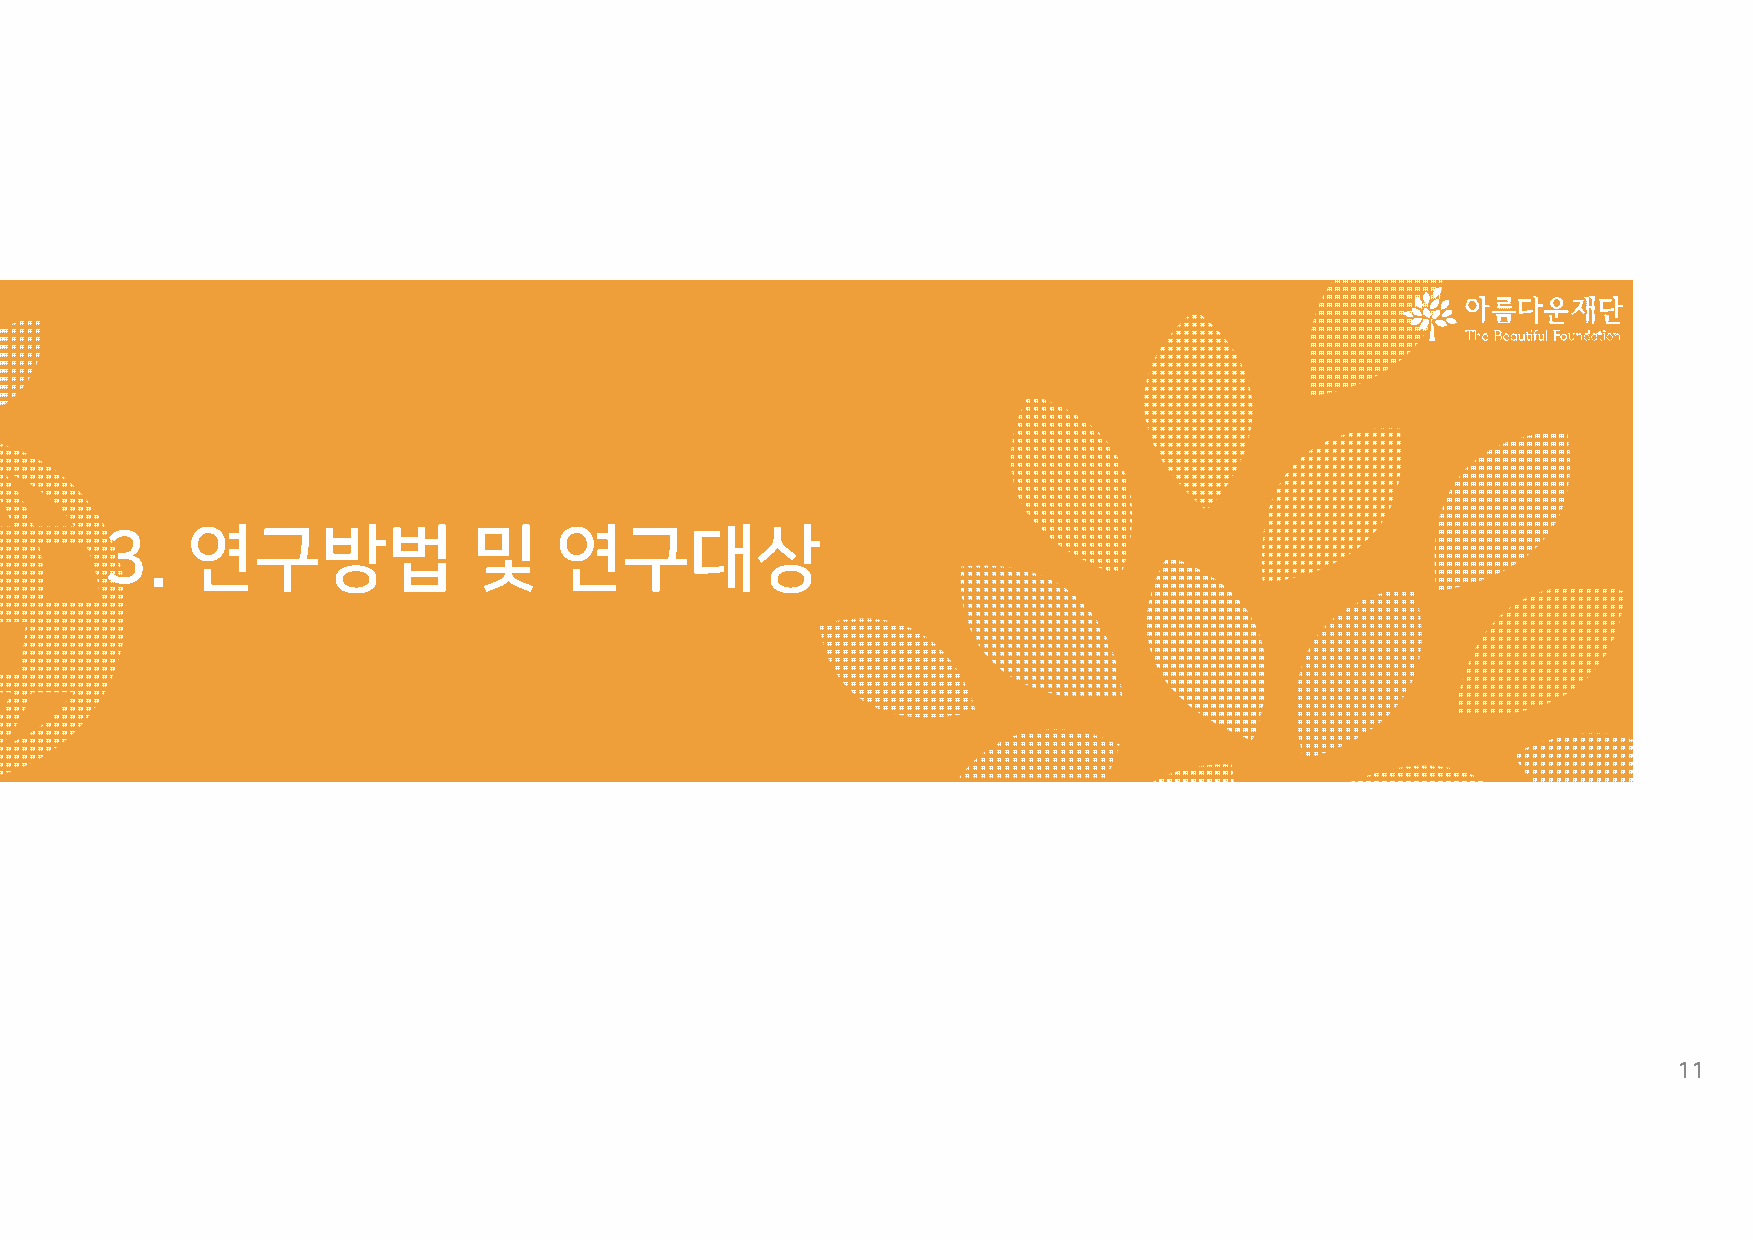
3.연구방법                 및     연구대상
 11